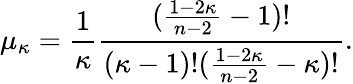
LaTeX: \mu_{\kappa}=\frac{1}{\kappa}\frac{(\frac{1-2\kappa}{n-2}-1)!}{(\kappa-1)!(\frac{1-2\kappa}{n-2}-\kappa)!}.